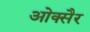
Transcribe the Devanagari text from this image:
ओक्सैर